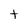
Character: t